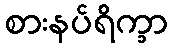
စားနပ်ရိက္ခာ